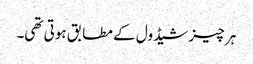
ہر چیز شیڈول کے مطابق ہوتی تھی۔